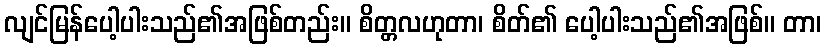
လျင်မြန်ပေါ့ပါးသည်၏အဖြစ်တည်း။ စိတ္တလဟုတာ၊ စိတ်၏ ပေါ့ပါးသည်၏အဖြစ်။ တာ၊